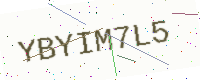
Text: YBYIM7L5